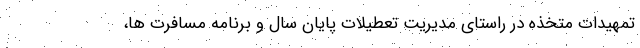
تمهیدات متخذه در راستای مدیریت تعطیلات پایان سال و برنامه مسافرت ها،